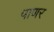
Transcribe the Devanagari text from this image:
पाणर